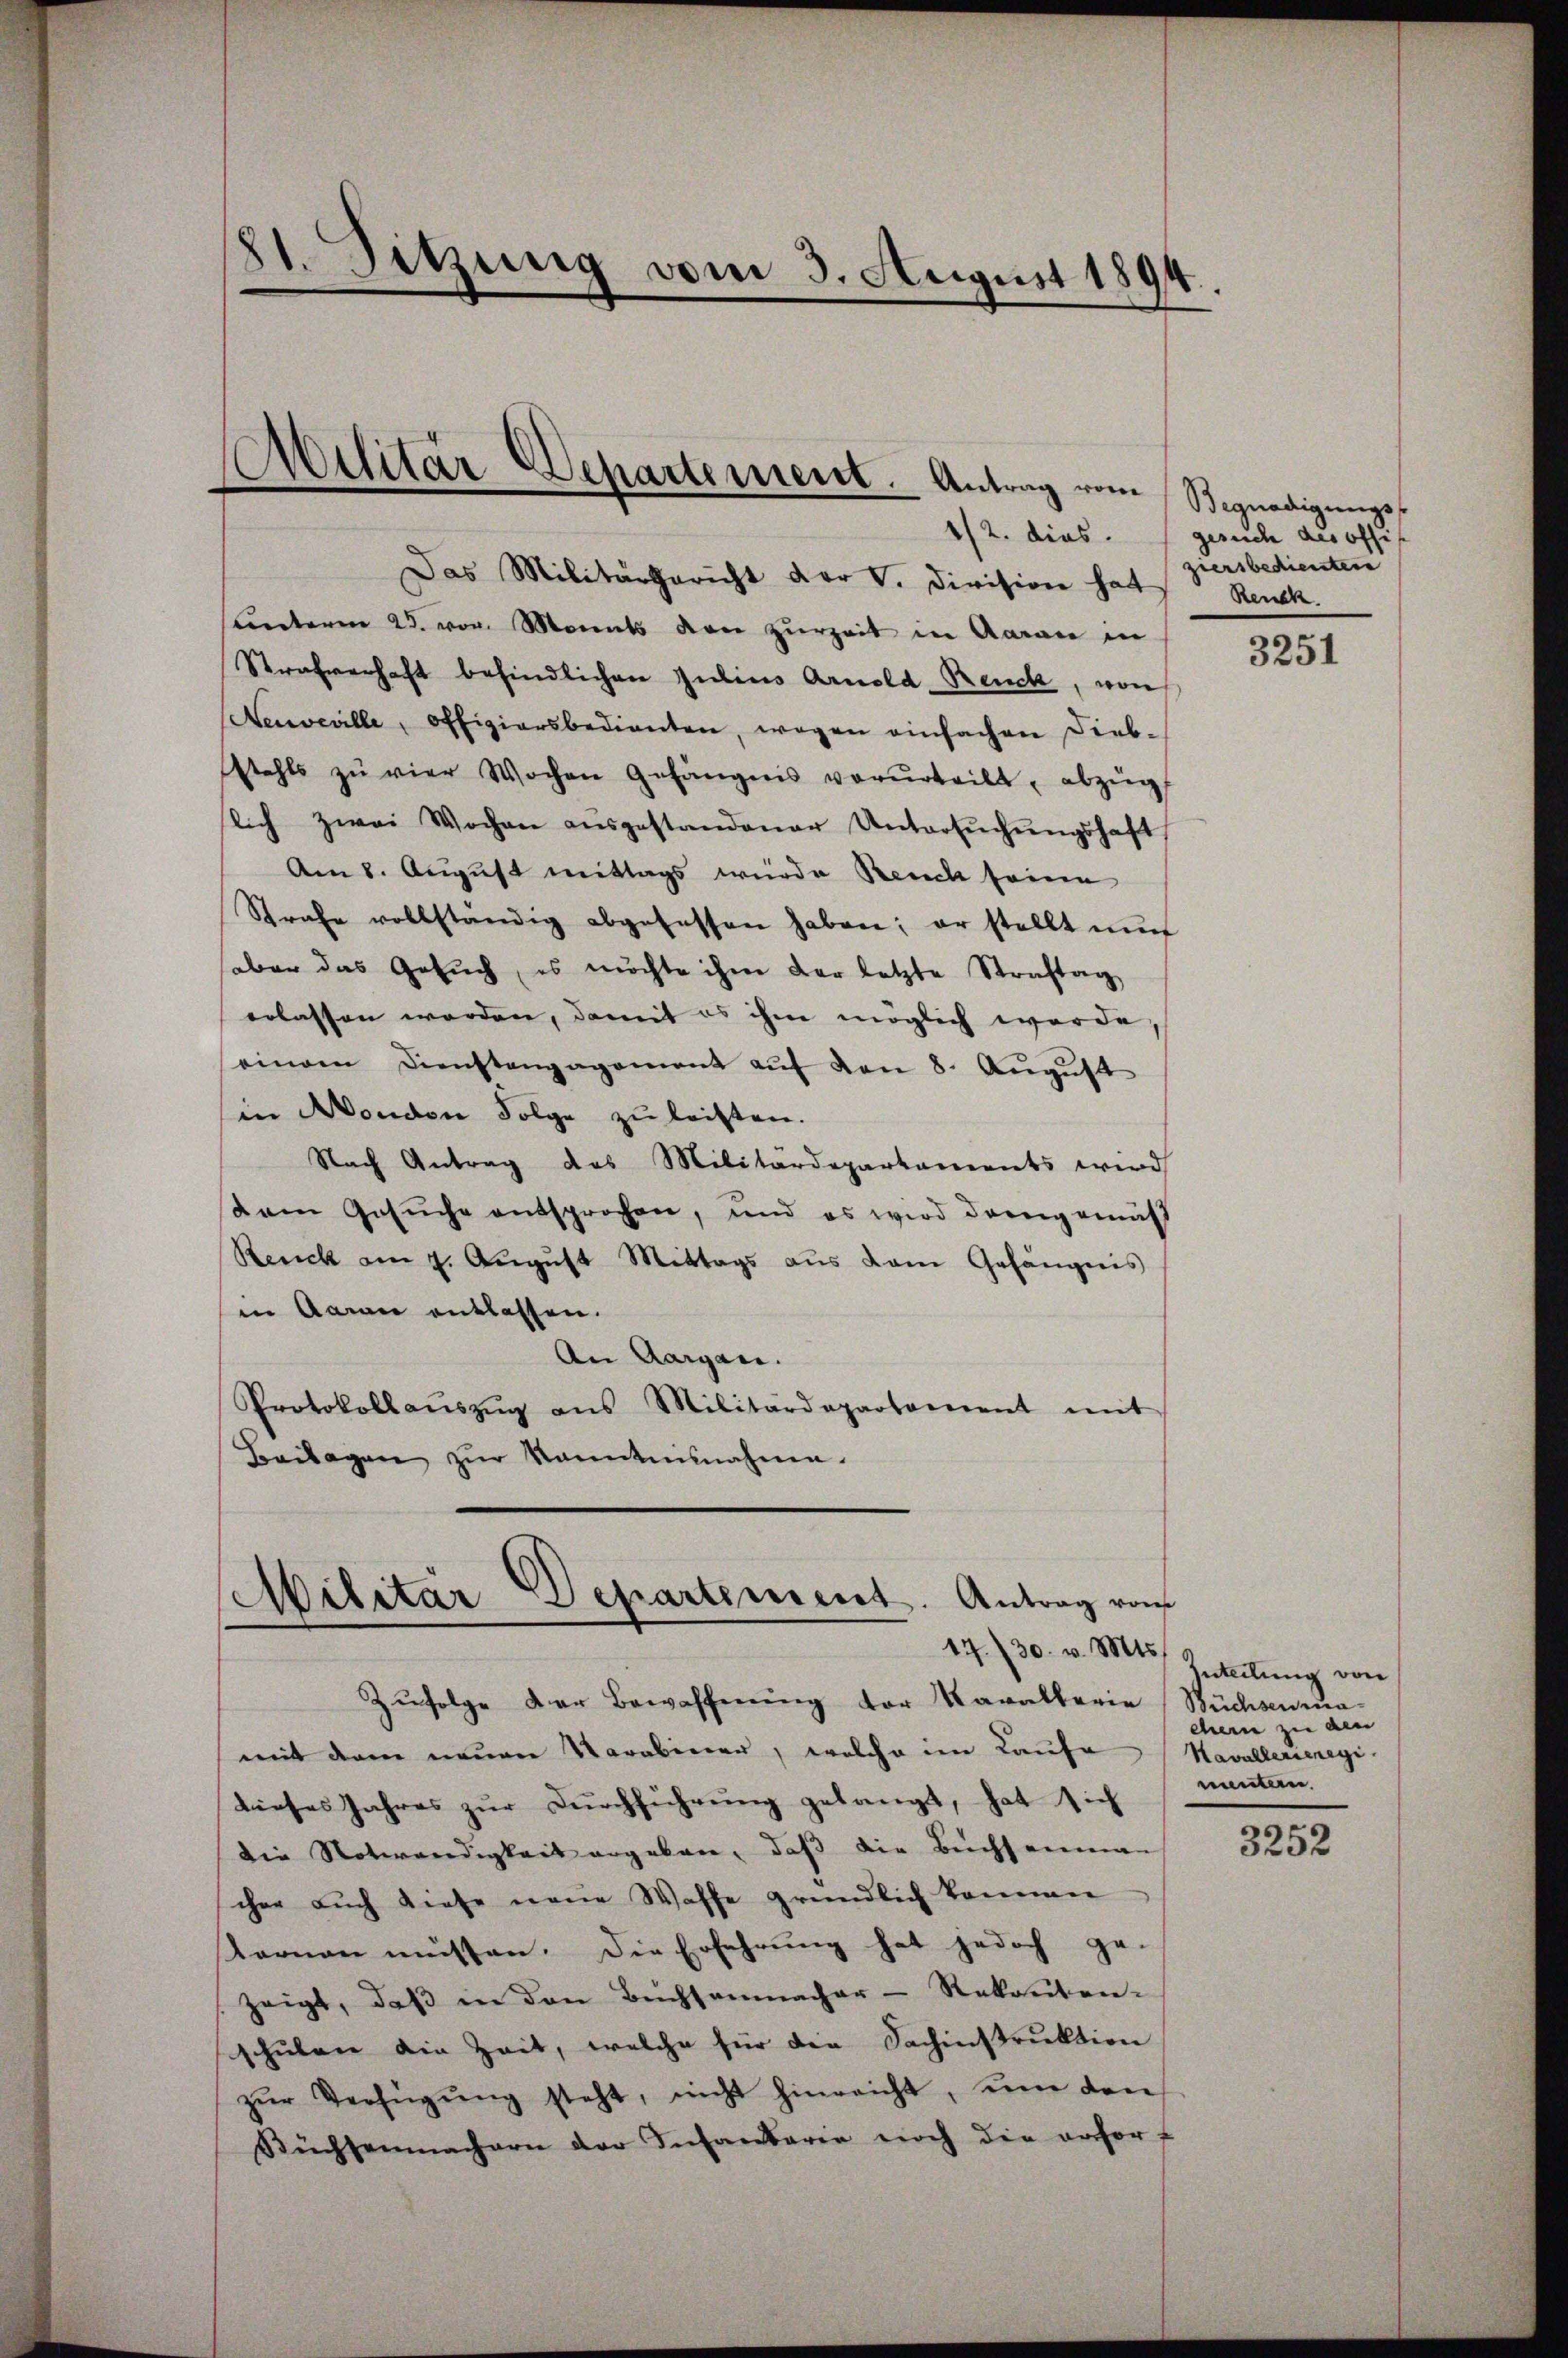
11. Sitzung vom 3. August 1894.

Das Militärgericht der V. Division hat
Unterm 23. von Monats den zurzeit in Aarau in
Strafverhaft befindlichen Julius Arnold Reuck, von
Neuveville, offiziersbedienten, wegen einfachen Dieb-
stahls zŭ vier Wochen Gefängnis verurteilt, abzŭg
lich zwei Wochen aŭsgestandener Untersŭchŭngshaft
Am 8. August mittags wurde Reich seine
Strafe vollständig abgefassen haben; er stellt aŭf
aber das Gesŭch, es möchte ihm der letzte Straftag,
erlassen werden, damit es ihm möglich werde
einem Dienstengagement aŭf den 8. August
in Monden Folge zu leisten.
Nach Antrag des Militärdepartaments wird
dam Gesuche entsprochen, und es wird dargemäß
Renick am 9. Aŭgŭst Mittags aŭs vom Gefängnis
in Marie entlassen.
An Aargau.
Protokollaŭszŭg ans Militärdepartement mit
Beilagen zŭr Kenntnisnahme.

Abilitär-Departement. Antrag vom Begnadigungs¬

Militar Departement. Antrag von
17./30. v. Mts.

Zŭfolge der Bewaffnŭng der Kavallerie Büchsenmamit denen neuen Varabiner, welche im Laufe
dieses Jahres zur Durchführung gelangt, hat sich
die Notwendigkeit ergeben, daß die Buchsammen
cher auch diese neue Waffe gründlich können
ternen müssen. Die Erfahrung hat jedoch ge-
zeigt, daß in den Büchsenmacher - Rekruten-
schŭlen die Zeit, welche für die Fachinstruktion
zŭr Verfügŭng steht, nicht hinreicht, um den
Rüchsenmachern der Infantaria noch die erfor¬

1/2. dies. (gesich des offi
ziersbedientere
Renck

3251

Inteilung von
cher zu den
Kavallerieregi
nuntern.

3252